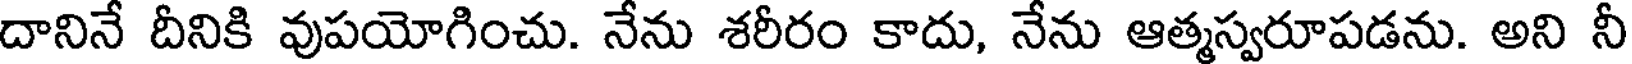
దానినే దీనికి వుపయోగించు. నేను శరీరం కాదు, నేను ఆత్మస్వరూపడను. అని నీ